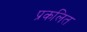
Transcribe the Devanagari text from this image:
प्रकलित